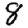
Digit: 8